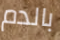
بالدم